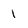
Character: 1